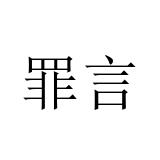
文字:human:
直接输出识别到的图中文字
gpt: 罪言